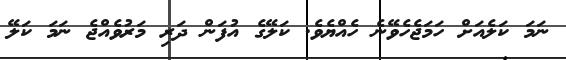
ނަމަ ކަލެއަށް ހަމަޖެހެވޭނެ ހެއްޔެވެ. ކަލޭގެ އުފަން ދަރި މަރުވެއްޖެ ނަމަ ކަލޭ